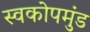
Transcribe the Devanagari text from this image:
स्वकोपमुंड